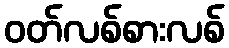
ဝတ်လစ်စားလစ်